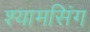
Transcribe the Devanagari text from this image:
श्यामसिंग